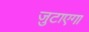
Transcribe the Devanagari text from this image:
जुटाएगा